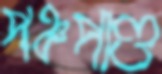
পঞ্চপাণ্ড